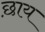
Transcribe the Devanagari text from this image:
छ़ाय